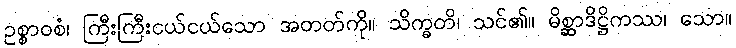
ဥစ္စာဝစံ၊ ကြီးကြီးငယ်ငယ်သော အတတ်ကို။ သိက္ခတိ၊ သင်၏။ မိစ္ဆာဒိဋ္ဌိကဿ၊ သော။